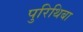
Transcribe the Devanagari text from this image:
पुरिथिबा